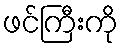
ဖင်ကြီးကို